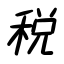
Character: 税